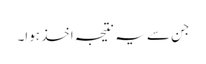
جن سے یہ نتیجہ اخذ ہوا۔